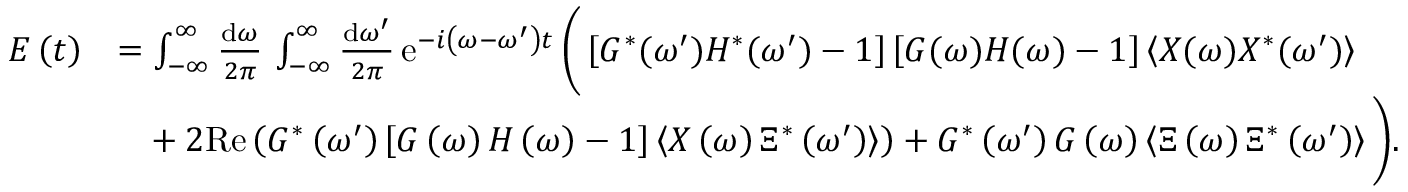
\begin{array} { r l } { E \left( t \right) } & { = \int _ { - \infty } ^ { \infty } \frac { \mathrm { d } \omega } { 2 \pi } \, \int _ { - \infty } ^ { \infty } \frac { \mathrm { d } \omega ^ { \prime } } { 2 \pi } \, \mathrm { e } ^ { - i \left( \omega - \omega ^ { \prime } \right) t } \, \bigg ( \left[ G ^ { * } ( \omega ^ { \prime } ) H ^ { * } ( \omega ^ { \prime } ) - 1 \right] \left[ G ( \omega ) H ( \omega ) - 1 \right] \left\langle X ( \omega ) X ^ { * } ( \omega ^ { \prime } ) \right\rangle } \\ & { \phantom { = } + 2 \mathrm { R e } \left( G ^ { * } \left( \omega ^ { \prime } \right) \left[ G \left( \omega \right) H \left( \omega \right) - 1 \right] \left\langle X \left( \omega \right) \Xi ^ { * } \left( \omega ^ { \prime } \right) \right\rangle \right) + G ^ { * } \left( \omega ^ { \prime } \right) G \left( \omega \right) \left\langle \Xi \left( \omega \right) \Xi ^ { * } \left( \omega ^ { \prime } \right) \right\rangle \bigg ) . } \end{array}